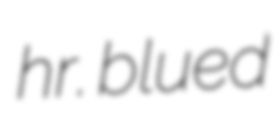
hr. blued